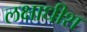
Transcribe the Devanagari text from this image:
लक्षाधीश